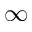
\infty